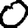
Digit: 0